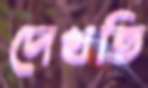
দেখতি